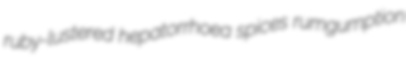
ruby-lustered hepatorrhoea spices rumgumption